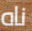
ناه